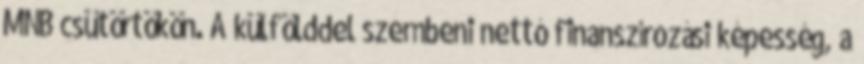
MNB csütörtökön. A külfölddel szembeni nettó finanszírozási képesség, a